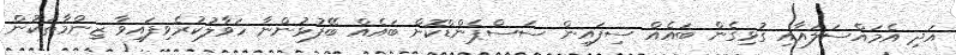
އަދި އެމައްސަލައާއި ގުޅިގެން ބައެއް ސިފައިން ސަސްޕެންޑްކޮށް ބައެއް ބޭފުޅުންނާ ހަވާލުކުރެވިފައިވާ ޒިންމާތަކުން